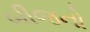
બીજનો